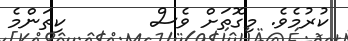
ކުރުމެވެ. މިގޮތަށް ވެސް       ކިތަންމެ